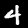
Label: 4